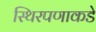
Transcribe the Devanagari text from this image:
स्थिरपणाकडे